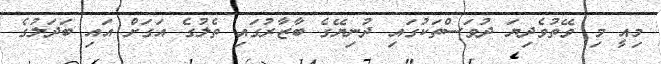
މިއީ މި ވޭތުވެދިޔަ ދުވަސްތަކުގައި ދުނިޔޭގެ ބާޒާރުގައި ތެލުގެ އަގަށް އައި ބަދަލުގެ